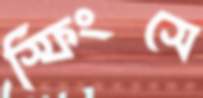
স্ফিংসে